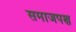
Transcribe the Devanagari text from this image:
समाजपक्ष